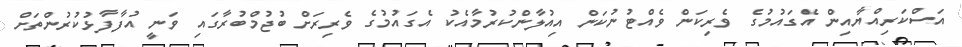
އަސްކަރިއްޔާއިން އެގައުމުގެ ވެރިކަން ވެއްޓުނުކަން އިއުލާންކުރުމާއެކު އެގައުމުގެ ވެރިރަށް ބުޖުމްބުރާގައި ވަނީ އުފާފާޅުކުރުންތަށް